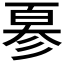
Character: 𢒣